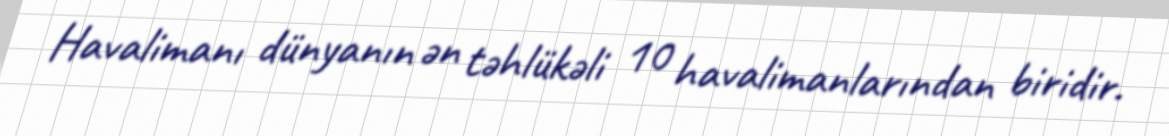
Havalimanı dünyanın ən təhlükəli 10 havalimanlarından biridir.